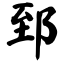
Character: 郅